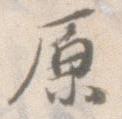
原